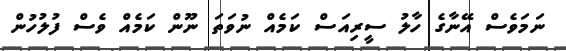
ނަމަވެސް އޭނާގެ ހާލު ސީރިއަސް ކަމެއް ނުވަތަ ނޫން ކަމެއް ވެސް ފުލުހުން